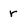
Character: r